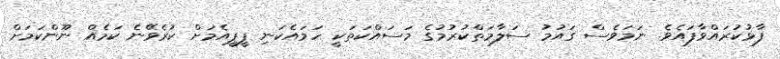
ފާޅުކުރައްވާފައެވެ. ނަމަވެސް ގައުމު ސަލާމަތްކުރުމުގެ މަސައްކަތަކީ ހަމައެކަނި ޕީޕީއެމަށް ކުރެވޭނެ ކަމެއް ނޫންކަމަށް